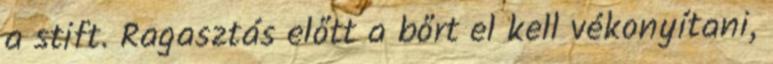
a stift. Ragasztás előtt a bőrt el kell vékonyítani,